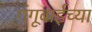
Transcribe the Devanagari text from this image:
गंगूबाईच्या